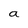
Character: a